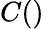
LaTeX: C()